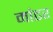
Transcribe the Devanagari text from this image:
मांढर